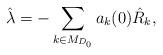
LaTeX: \begin{align*} \hat{\lambda}= - \sum_{k\in M_{D_0}} a_k(0) \hat{R}_k,\end{align*}